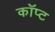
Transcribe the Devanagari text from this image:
कॉप्ट